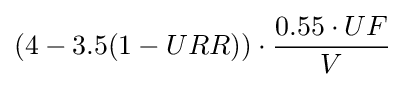
(4-3.5(1-URR))\cdot {\frac {0.55\cdot UF}{V}}